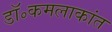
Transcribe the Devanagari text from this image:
डॉ॰कमलाकांत